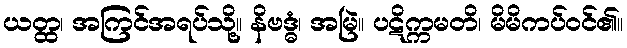
ယတ္ထ၊ အကြင်အရပ်သို့။ နိဗဒ္ဓံ၊ အမြဲ။ ပဋိက္ကမတိ၊ မိမိကပ်ဝင်၏။